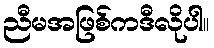
ညီမအဖြစ်ကဒီလိုပါ။